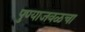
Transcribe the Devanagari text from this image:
पुण्याजवळचा